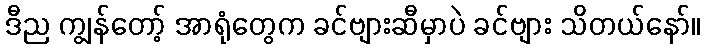
ဒီည ကျွန်တော့် အာရုံတွေက ခင်ဗျားဆီမှာပဲ ခင်ဗျား သိတယ်နော်။